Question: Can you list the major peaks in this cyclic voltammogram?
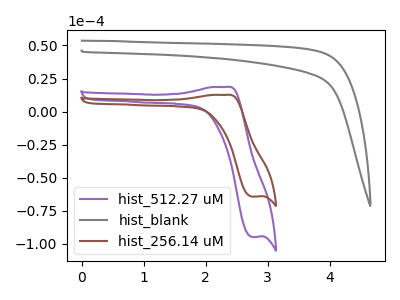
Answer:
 <answer>The purple curve "hist_512.27 uM" has an anodic peak at (2.35V, 18.60uA) and a cathodic peak at (2.75V, -94.85uA). The gray curve "hist_blank" has no peaks. The brown curve "hist_256.14 uM" has an anodic peak at (2.35V, 12.60uA) and a cathodic peak at (2.75V, -64.35uA).</answer>
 <eval></eval>